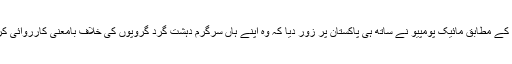
بیان کے مطابق مائیک پومپیو نے ساتھ ہی پاکستان پر زور دیا کہ وہ اپنے ہاں سرگرم دہشت گرد گروپوں کی خلاف بامعنی کارروائی کرے۔